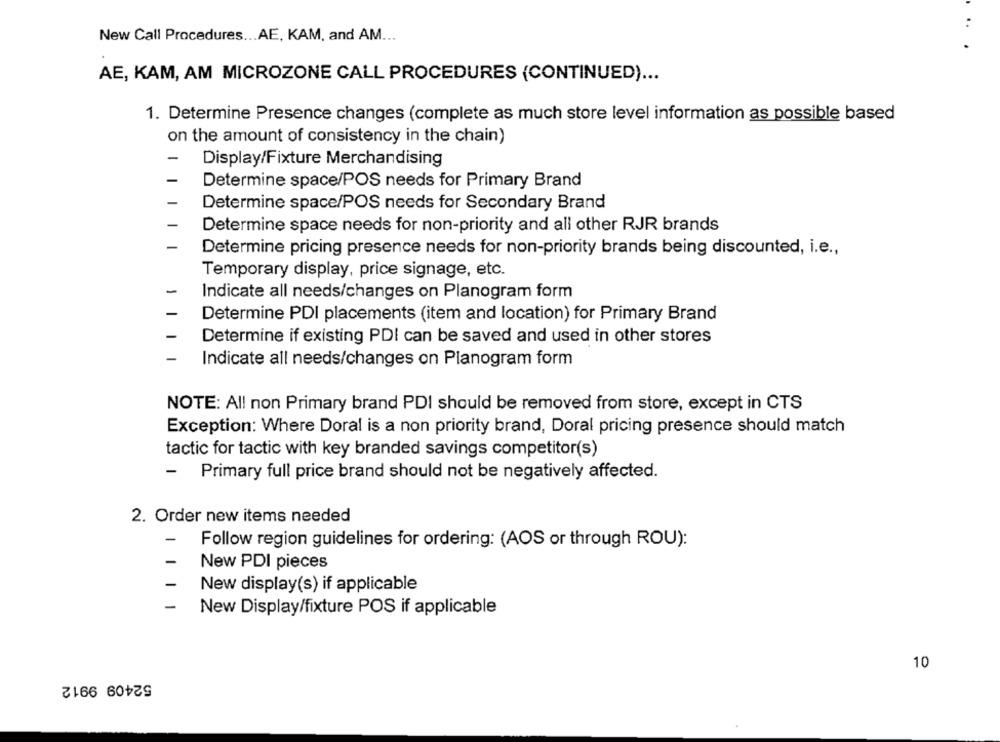
..
New Call Procedures ... AE, KAM, and AM ...
AE, KAM, AM MICROZONE CALL PROCEDURES (CONTINUED) ...
1. Determine Presence changes (complete as much store level information as possible based
on the amount of consistency in the chain)
Display/Fixture Merchandising
Determine space/POS needs for Primary Brand
Determine space/POS needs for Secondary Brand
Determine space needs for non-priority and all other RJR brands
Determine pricing presence needs for non-priority brands being discounted, i.e .,
Temporary display, price signage, etc.
Indicate all needs/changes on Planogram form
Determine PDI placements (item and location) for Primary Brand
Determine if existing PDI can be saved and used in other stores
Indicate all needs/changes on Planogram form
NOTE: All non Primary brand PDI should be removed from store, except in CTS
Exception: Where Doral is a non priority brand, Doral pricing presence should match
tactic for tactic with key branded savings competitor(s)
-
Primary full price brand should not be negatively affected.
2. Order new items needed
Follow region guidelines for ordering: (AOS or through ROU):
New PDI pieces
New display(s) if applicable
-
New Display/fixture POS if applicable
10
52409 9912